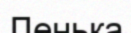
Ленька